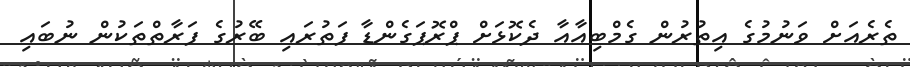
ތެރެއަށް ވަނުމުގެ އިތުރުން ގެމްބިއާއާ ދެކޮޅަށް ޕްރޮޕަގެންޑާ ފަތުރައި ބޭރުގެ ފަރާތްތަކުން ނުބައި